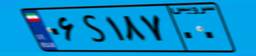
۰۶S۱۸۷۰۰